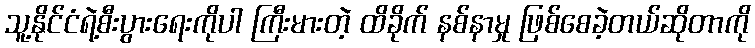
သူ့နိုင်ငံရဲ့စီးပွားရေးကိုပါ ကြီးမားတဲ့ ထိခိုက် နစ်နာမှု ဖြစ်စေခဲ့တယ်ဆိုတာကို